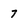
Character: 7